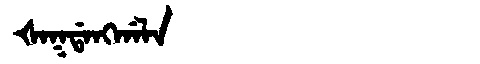
Manchu: ᡧᠠᡴᡩᠠᠩᡤᠠᠯᠠ
Romanization: ŠAKDANGGALA